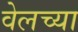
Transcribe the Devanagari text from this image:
वेलच्या